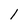
Character: 1